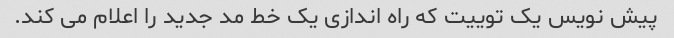
پیش نویس یک توییت که راه اندازی یک خط مد جدید را اعلام می کند.